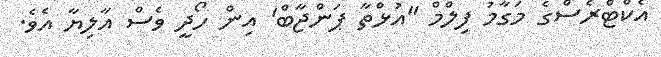
އެކްޓްރެސްގެ މަގާމު ފިލްމް "އުޅްތާ ޕަންޖާބް' އިން ހޯދީ ވެސް އާލިޔާ އެވެ.